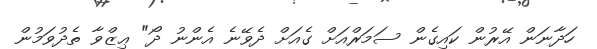
ހަދާނަން އޭރުން ކައިގެން ސަމަރްއަށް ގެއަށް ދެވޭނެ އެންނު ދޯ" ޢިޒްވާ ތެދުވަމުން